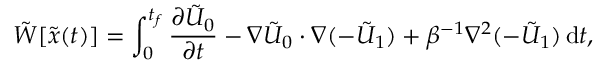
\tilde { W } [ \tilde { { \boldsymbol { x } } } ( t ) ] = \int _ { 0 } ^ { t _ { f } } \frac { \partial \tilde { U } _ { 0 } } { \partial t } - \nabla \tilde { U } _ { 0 } \cdot \nabla ( - \tilde { U } _ { 1 } ) + \beta ^ { - 1 } \nabla ^ { 2 } ( - \tilde { U } _ { 1 } ) \, \mathrm { d } t ,